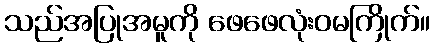
သည်အပြုအမူကို ဖေဖေလုံးဝမကြိုက်။